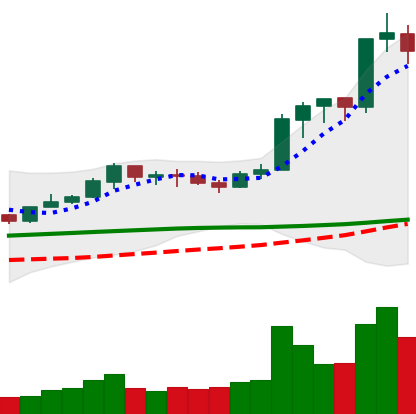
Ticker: LINK-USD
Chart end date: 2020-02-13
Forward return: 17.276%
Label: up_7plus